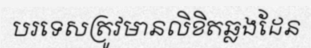
បរទេសត្រូវមានលិខិតឆ្លងដែន